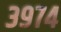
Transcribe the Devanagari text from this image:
३९७४